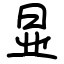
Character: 显